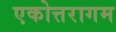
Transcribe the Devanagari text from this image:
एकोत्तरागम